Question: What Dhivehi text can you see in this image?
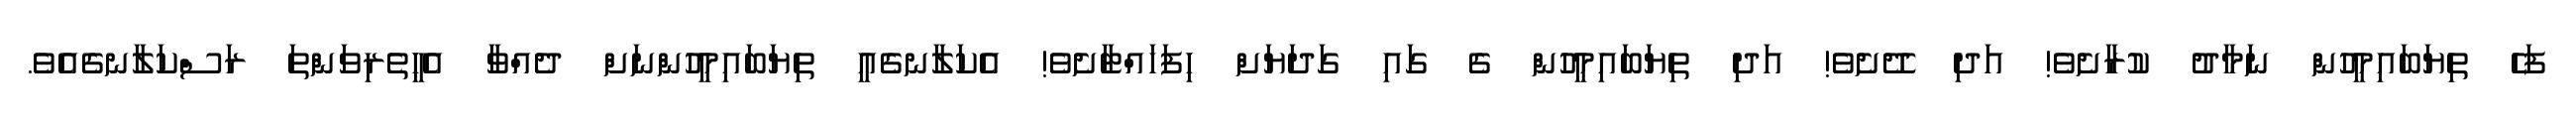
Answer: ފަހެ ތިޔަބައިމީހުން ނަމާދު ކުރާށެވެ! އަދި ދޭށެވެ! އަދި ތިޔަބައިމީހުން ގެ ގައި ގަދަޔަށް ހިފަހައްޓާށެވެ! އެކަލާނގެއީ ތިޔަބައިމީހުންނަށް ދެއްވާ އެހީތެރިވަންތަ ރަސްކަލާނގެއެވެ.